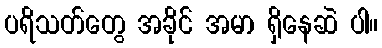
ပရိသတ်တွေ အခိုင် အမာ ရှိနေဆဲ ပါ။